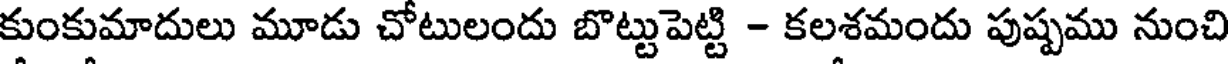
కుంకుమాదులు మూడు చోటులందు బొట్టుపెట్టి - కలశమందు పుష్పము నుంచి